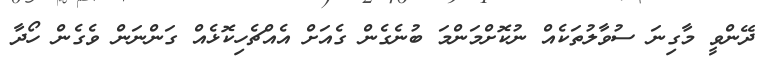
ދޭންވީ މާގިނަ ސުވާލުތަކެއް ނުކޮށްމަންމަ ބުނެގެން ގެއަށް އެއްޗެހިކޮޮޅެއް ގަންނަން ވެގެން ހޯދާ